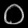
Digit: ၀